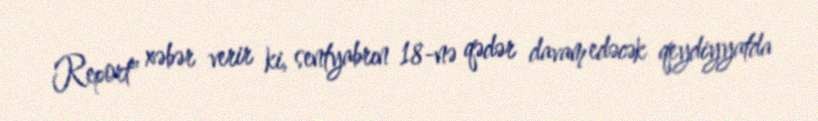
Report" xəbər verir ki, sentyabrın 18-nə qədər davam edəcək qeydiyyatda